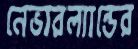
নেভারল্যান্ডের